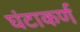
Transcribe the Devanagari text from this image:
घंटाकर्ण